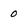
Character: 0